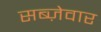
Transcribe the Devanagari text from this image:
सब्ज़ेवार